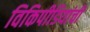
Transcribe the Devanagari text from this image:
विकिपीडियांची